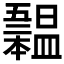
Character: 𣌃